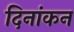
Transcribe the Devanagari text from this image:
दिनांकन